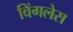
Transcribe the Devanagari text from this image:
विंगलेस